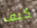
كيف